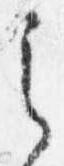
之